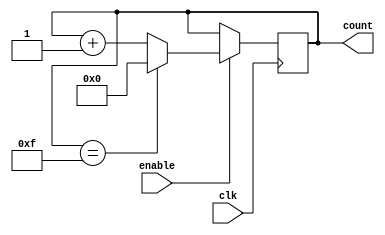
module BinaryUpCounter (
    input wire clk,
    input wire enable,
    output reg [3:0] count
);

always @(posedge clk) begin
    if(enable) begin
        if(count == 4'b1111) begin
            count <= 4'b0000;
        end
        else begin
            count <= count + 1;
        end
    end
end

endmodule